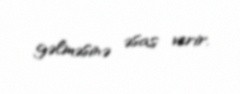
gəlməsinə əsas verir.